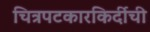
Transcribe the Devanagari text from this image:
चित्रपटकारकिर्दीची